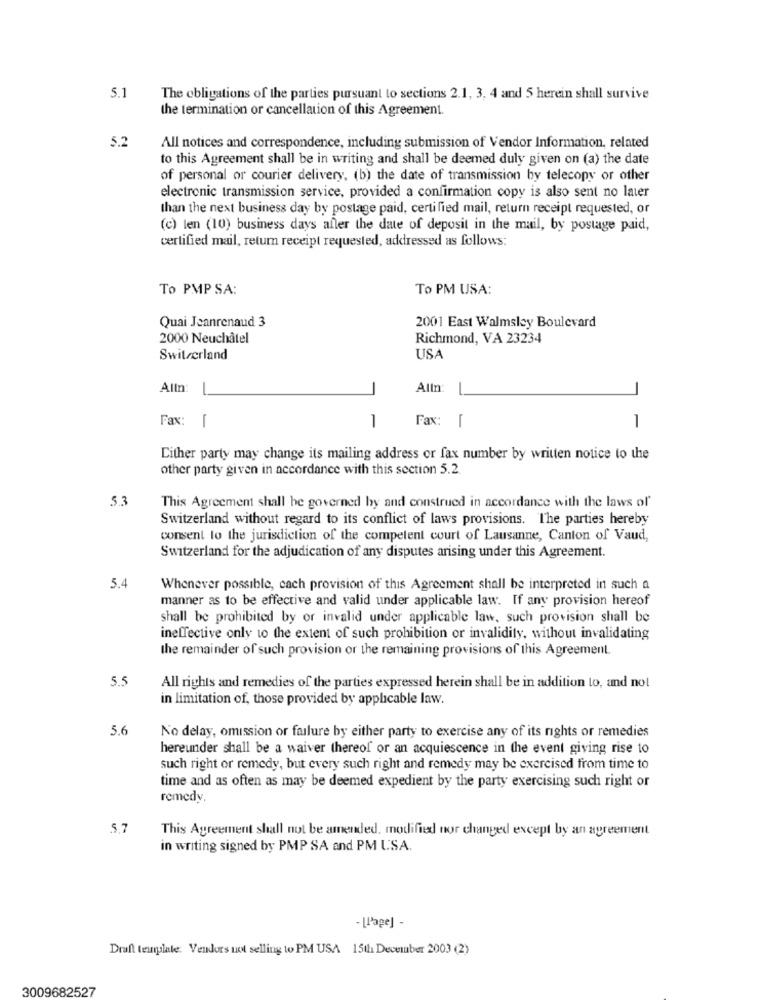
5.1
The obligations of the parties pursuant to sections 2.1, 3, 4 and 5 herein shall survive
the termination or cancellation of this Agreement.
5.2
All notices and correspondence, including submission of Vendor Information, related
to this Agreement shall be in writing and shall be deemed duly given on (a) the date
of personal or courier delivery, (b) the date of transmission by telecopy or other
electronic transmission service, provided a confirmation copy is also sent no later
than the next business day by postage paid, certified mail, return receipt requested, or
(c) len (10) business days after the date of deposit in the mail, by postage paid,
certified mail, return receipt requested, addressed as follows:
To PMP SA:
To PM USA:
Quai Jeanrenaud 3
2001 East Walmsley Boulevard
2000 Neuchâtel
Richmond, VA 23234
Switzerland
USA
Alln:
-
-
Altn:
-
-
Fax: [
1
Fax: [
1
Either party may change its mailing address or fax number by written notice to the
other party given in accordance with this section 5.2.
53
This Agreement shall be governed by and construed in accordance with the laws of'
Switzerland without regard to its conflict of laws provisions. The parties hereby
consent to the jurisdiction of the competent court of Lausanne, Canton of Vaud,
Switzerland for the adjudication of any disputes arising under this Agreement.
5.4
Whenever possible, cach provision of this Agreement shall be interpreted in such a
manner as to be effective and valid under applicable law. If any provision hereof
shall be prohibited by or invalid under applicable law, such provision shall be
ineffective only to the extent of such prohibition or invalidity, without invalidating
the remainder of such provision or the remaining provisions of this Agreement.
5.5
All rights and remedies of the parties expressed herein shall be in addition to, and not
in limitation of, those provided by applicable law.
5.6
No delay, omission or failure by either party to exercise any of its rights or remedies
hereunder shall be a waiver thereof or an acquiescence in the event giving rise to
such right or remedy, but every such right and remedy may be exercised from time to
time and as often as may be deemed expedient by the party exercising such right or
remedy.
5,7
This Agreement shall not be amended, modified nor changed except by an agreement
in writing signed by PMP SA and PM USA.
- [Page] -
Draft template. Vendors not selling to PM USA 15th December 2003 (2)
3009682527